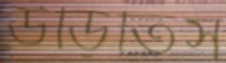
উড়িতিস